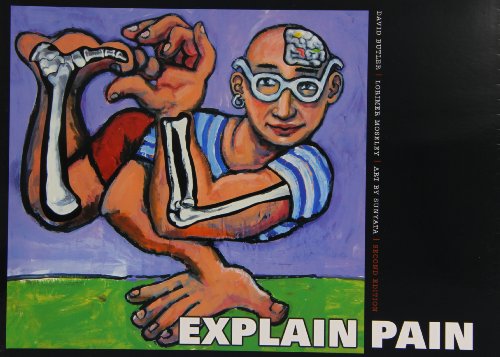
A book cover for Explain Pain (8311); David Butler; Medical Books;